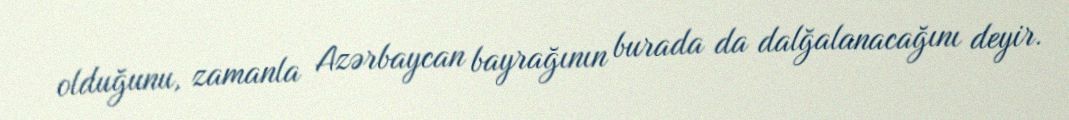
olduğunu, zamanla Azərbaycan bayrağının burada da dalğalanacağını deyir.